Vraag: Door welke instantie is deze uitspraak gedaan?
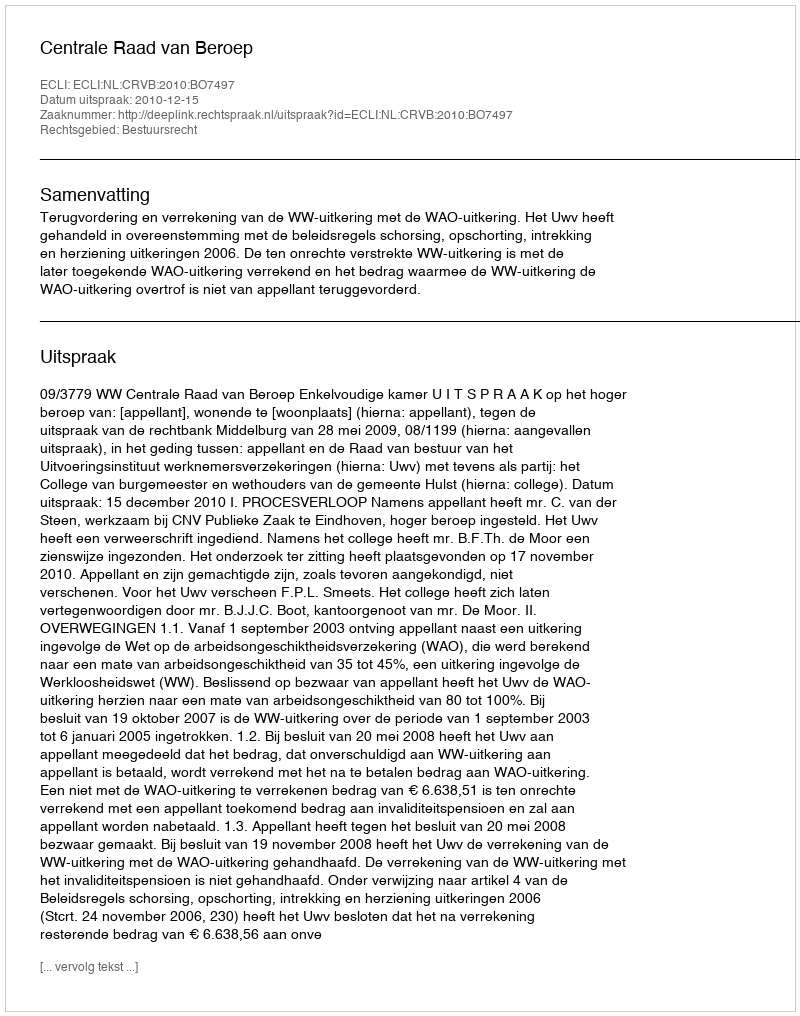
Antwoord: Centrale Raad van Beroep